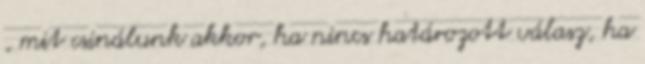
, mit csinálunk akkor, ha nincs határozott válasz, ha